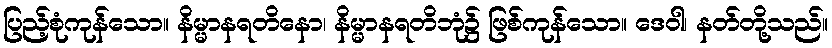
ပြည့်စုံကုန်သော။ နိမ္မာနရတိနော၊ နိမ္မာနရတိဘုံ၌ ဖြစ်ကုန်သော။ ဒေဝါ၊ နတ်တို့သည်။